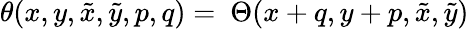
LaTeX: \theta(x,y,\tilde{x},\tilde{y},p,q)=\ \Theta(x+q,y+p,\tilde{x},\tilde{y})